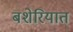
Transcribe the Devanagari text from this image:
बशेरियात